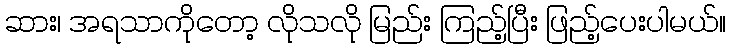
ဆား၊ အရသာကိုတော့ လိုသလို မြည်း ကြည့်ပြီး ဖြည့်ပေးပါမယ်။